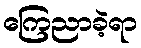
ကြေညာခဲ့ရာ